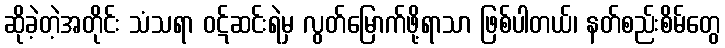
ဆိုခဲ့တဲ့အတိုင်း သံသရာ ဝဋ်ဆင်းရဲမှ လွတ်မြောက်ဖို့ရာသာ ဖြစ်ပါတယ်၊ နတ်စည်းစိမ်တွေ